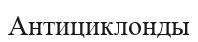
Антициклонды